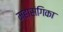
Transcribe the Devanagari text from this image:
महासंगिका